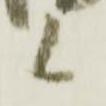
候